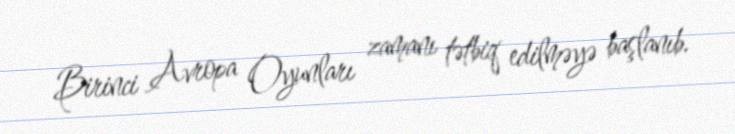
Birinci Avropa Oyunları zamanı tətbiq edilməyə başlanıb.